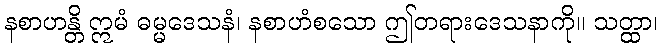
နစာဟန္တိ ဣမံ ဓမ္မဒေသနံ၊ နစာဟံစသော ဤတရားဒေသနာကို။ သတ္ထာ၊